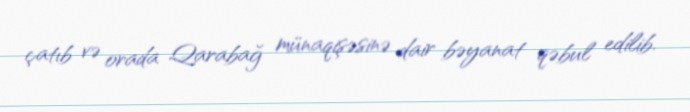
çatıb və orada Qarabağ münaqişəsinə dair bəyanat qəbul edilib.